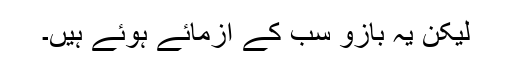
لیکن یہ بازو سب کے آزمائے ہوئے ہیں۔